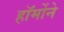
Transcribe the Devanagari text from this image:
हॉर्मोने